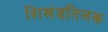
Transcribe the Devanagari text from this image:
शिखंडतिलक